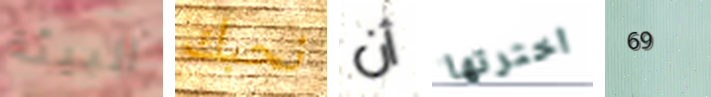
البيئة نحبك أن اخترتها 69